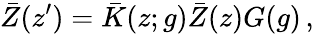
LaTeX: \bar{Z}(z^{\prime})=\bar{K}(z;g)\bar{Z}(z)G(g)\, ,